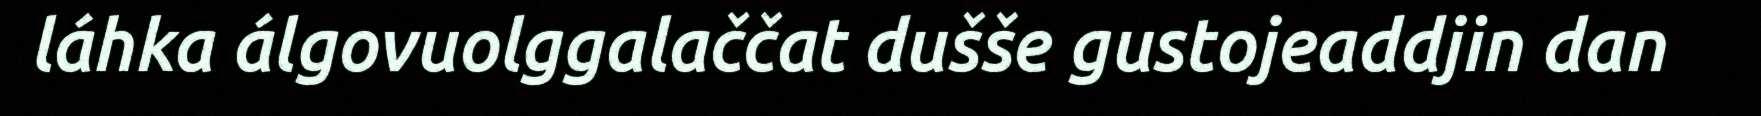
láhka álgovuolggalaččat dušše gustojeaddjin dan